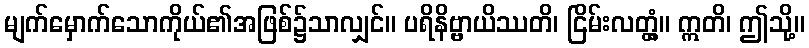
မျက်မှောက်သောကိုယ်၏အဖြစ်၌သာလျှင်။ ပရိနိဗ္ဗာယိဿတိ၊ ငြိမ်းလတ္တံ့။ ဣတိ၊ ဤသို့။